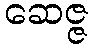
ဆေဇ္ဇ